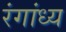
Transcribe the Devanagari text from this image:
रंगांध्य